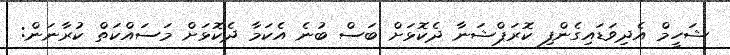
ޝަހީމް އެދިވަޑައިގެންފި ކޮރަޕްޝަނާ ދެކޮޅަށް ބަސް ބުނެ އެކަމާ ދެކޮޅަށް މަސައްކަތް ކުރާނަން: